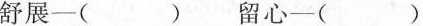
舒展-( ) 留心-( )